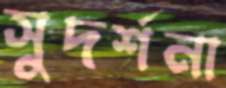
সুদর্শনা